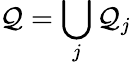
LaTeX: \mathcal{Q}=\bigcup_{j}\mathcal{Q}_{j}